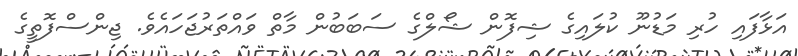
އަޅާފައި ހުރި މަޑުނޫ ކުލައިގެ ޝިފޮން ޝޯލްގެ ސަބަބުން މާތް ވައްތަރުޖަހައެވެ. ޖިންސްފޮތީގެ